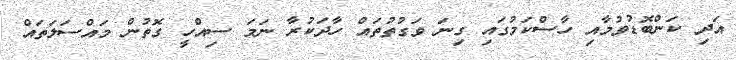
އަދި ކަންބޮޑުވުމާއި ހާސްކަމުގައި ގިނަ ވަގުތުތައް ހާދަކުރާ ނަމަ ސިއްހީ ގޮތުން މައްސަލަތައް